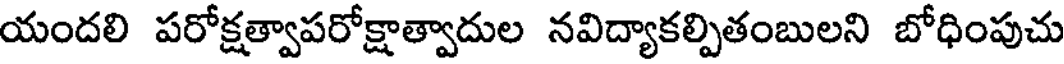
యందలి పరోక్షత్వాపరోక్షాత్వాదుల నవిద్యాకల్పితంబులని బోధింపుచు